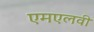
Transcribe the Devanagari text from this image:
एमएलवी